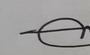
Signature authenticity: genuine